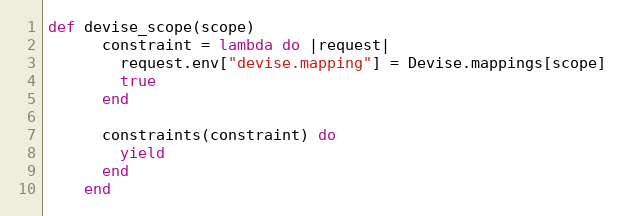
Language: Ruby
def devise_scope(scope)
      constraint = lambda do |request|
        request.env["devise.mapping"] = Devise.mappings[scope]
        true
      end

      constraints(constraint) do
        yield
      end
    end